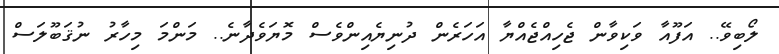
ލޯބިވޭ.. އަފޫއާ ވަކިވާން ޖެހިއްޖެއްޔާ އަހަރެން ދުނިޔެއިންވެސް މޮޔަވެދާނެ.. މަންމަ މިހާރު ނުޤަބޫލަސް